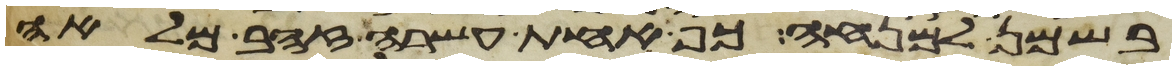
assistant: בשמן למנחה כף אחת עשרה זהב מלאה